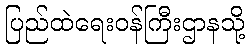
ပြည်ထဲရေးဝန်ကြီးဌာနသို့